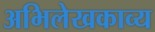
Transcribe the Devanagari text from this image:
अभिलेखकाव्य